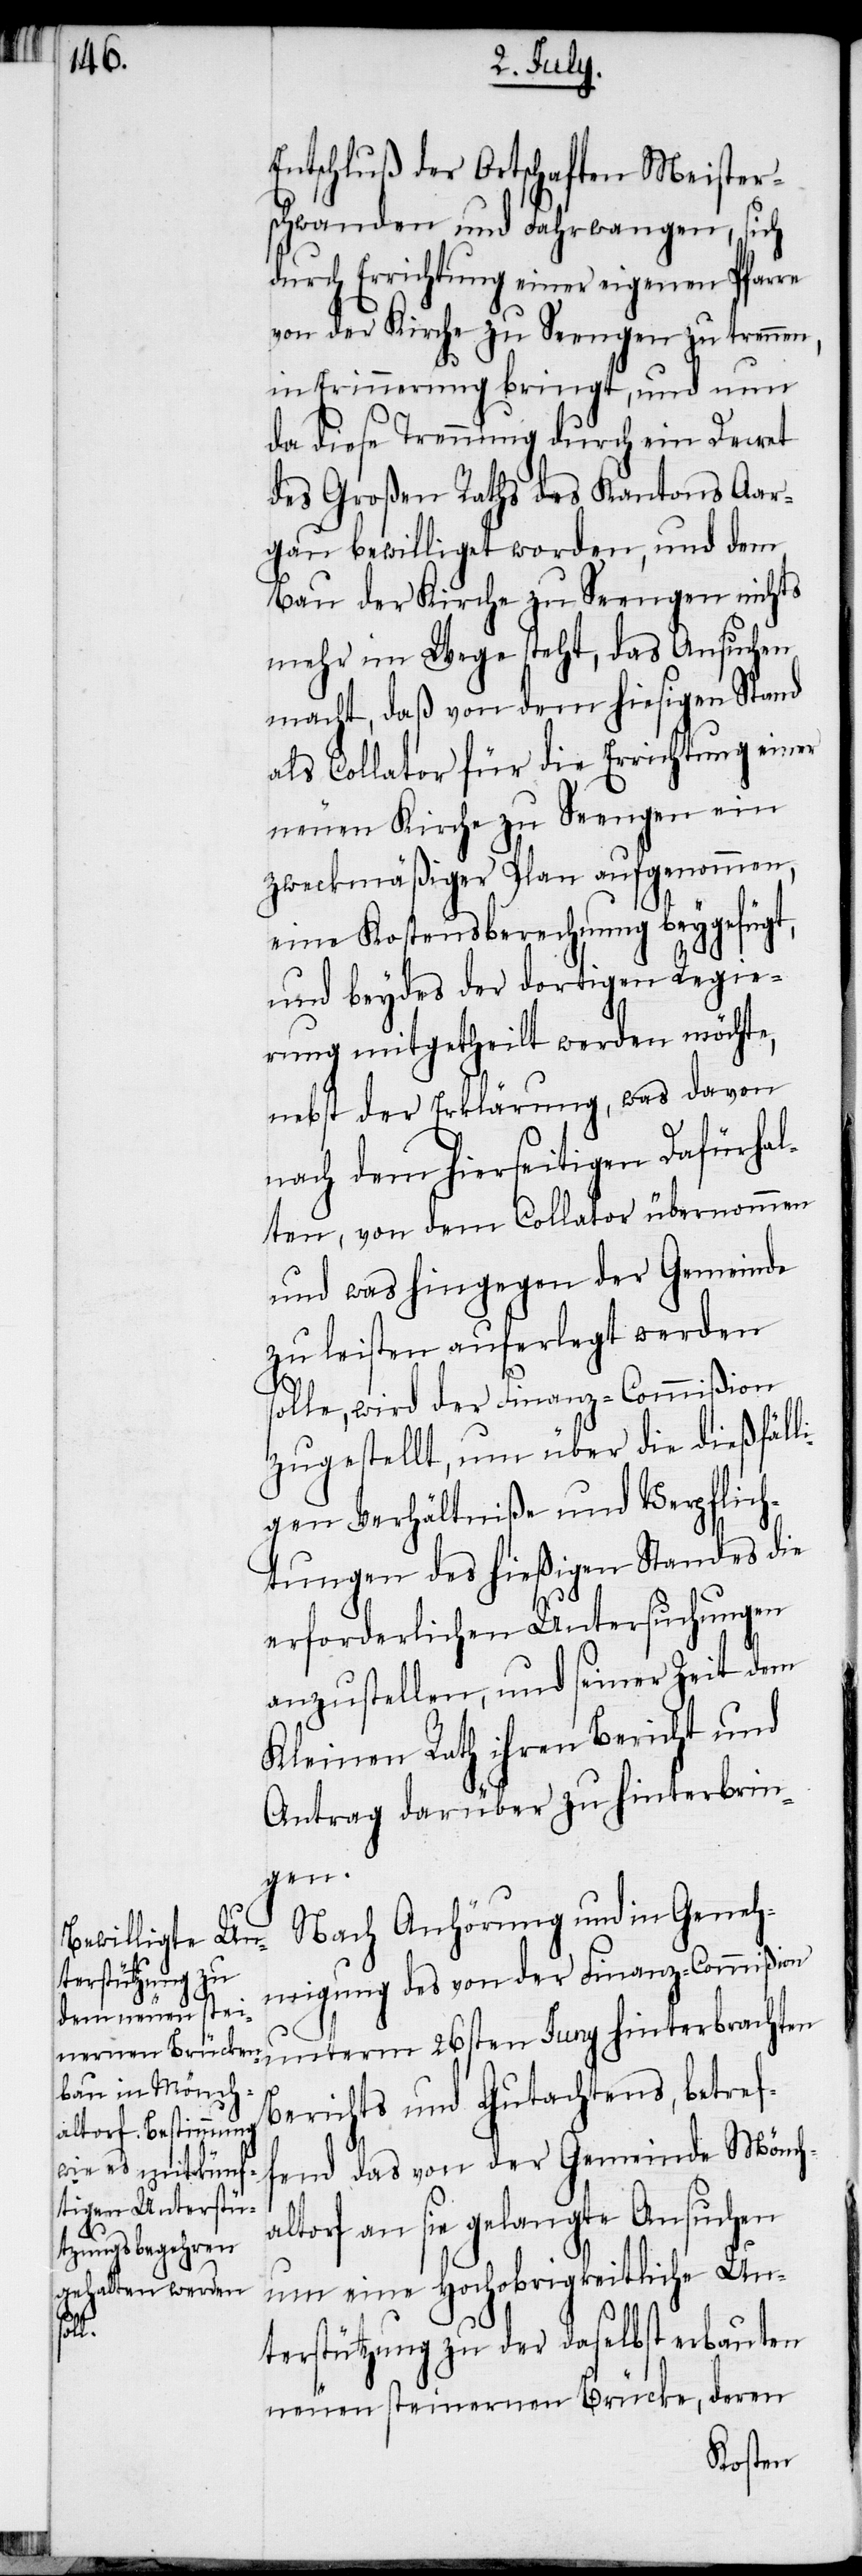
rhal¬

Entschluß der Ortschaften Meister¬
schwanden und Fahrwangen, sich
von der Kirche zu Seengen zu trennen,
in Erinnerung bringt, und nun
da diese Trennung durch ein Decret
des Großen Raths des Kantons Aar¬
gau bewilliget worden, und dem
Bau der Kirche zu Seengen nichts
mehr im Wege steht, das Ansuchen
macht, daß von dem hiesigen Stand
als Collator für die Errichtung einer
neuen Kirche zu Seengen ein
zweckmäßiger Plan aufgenommen,
eine Kostensberechnung beygefügt,
und beydes der dortigen Regie¬
rung mitgetheilt werden möchte,
nebst der Erklärung, was davon
ten, von dem Collator übernommen
und was hingegen der Gemeinde
zu leisten auferlegt werden
solle, wird der Finanz-Commißion
zugestellt, um über die dießfäll¬
igen Verhältniße und Verpflich¬
tungen des hießigen Standes die
erforderlichen Untersuchungen
anzustellen, und seiner Zeit dem
Kleinen Rath ihren Bericht und
Antrag darüber zu hinterbrin¬
gen.
Nach Anhörung und in Geneh¬
migung des von der Finanz-Commißion
unterm 26sten Juny hinterbrachten
Berichts und Gutachtens, betref¬
fend das von der Gemeinde Möncha¬
ltorf an sie gelangte Ansuchen
um eine Hochobrigkeitliche Un¬
terstützung zu der daselbst erbauten
neuen steinernen Brücke, deren